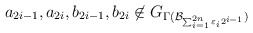
\begin{align*}a_{2i-1}, a_{2i}, b_{2i-1}, b_{2i} \not\in G_{\Gamma( \mathcal{B}_{\sum_{i=1}^{2n} \varepsilon_{i} 2^{i-1}})}\end{align*}